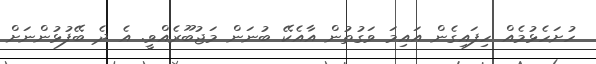
ހުށަހެޅުމެއް ހިފައިގެން އައިމަ ވަގުތުން އާއެކޭ ބުނަން މަޖުބޫރެއްވީ. އެ ދެ ބޭފުޅުންނަށް